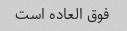
فوق العاده است